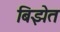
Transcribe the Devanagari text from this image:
बिझेत